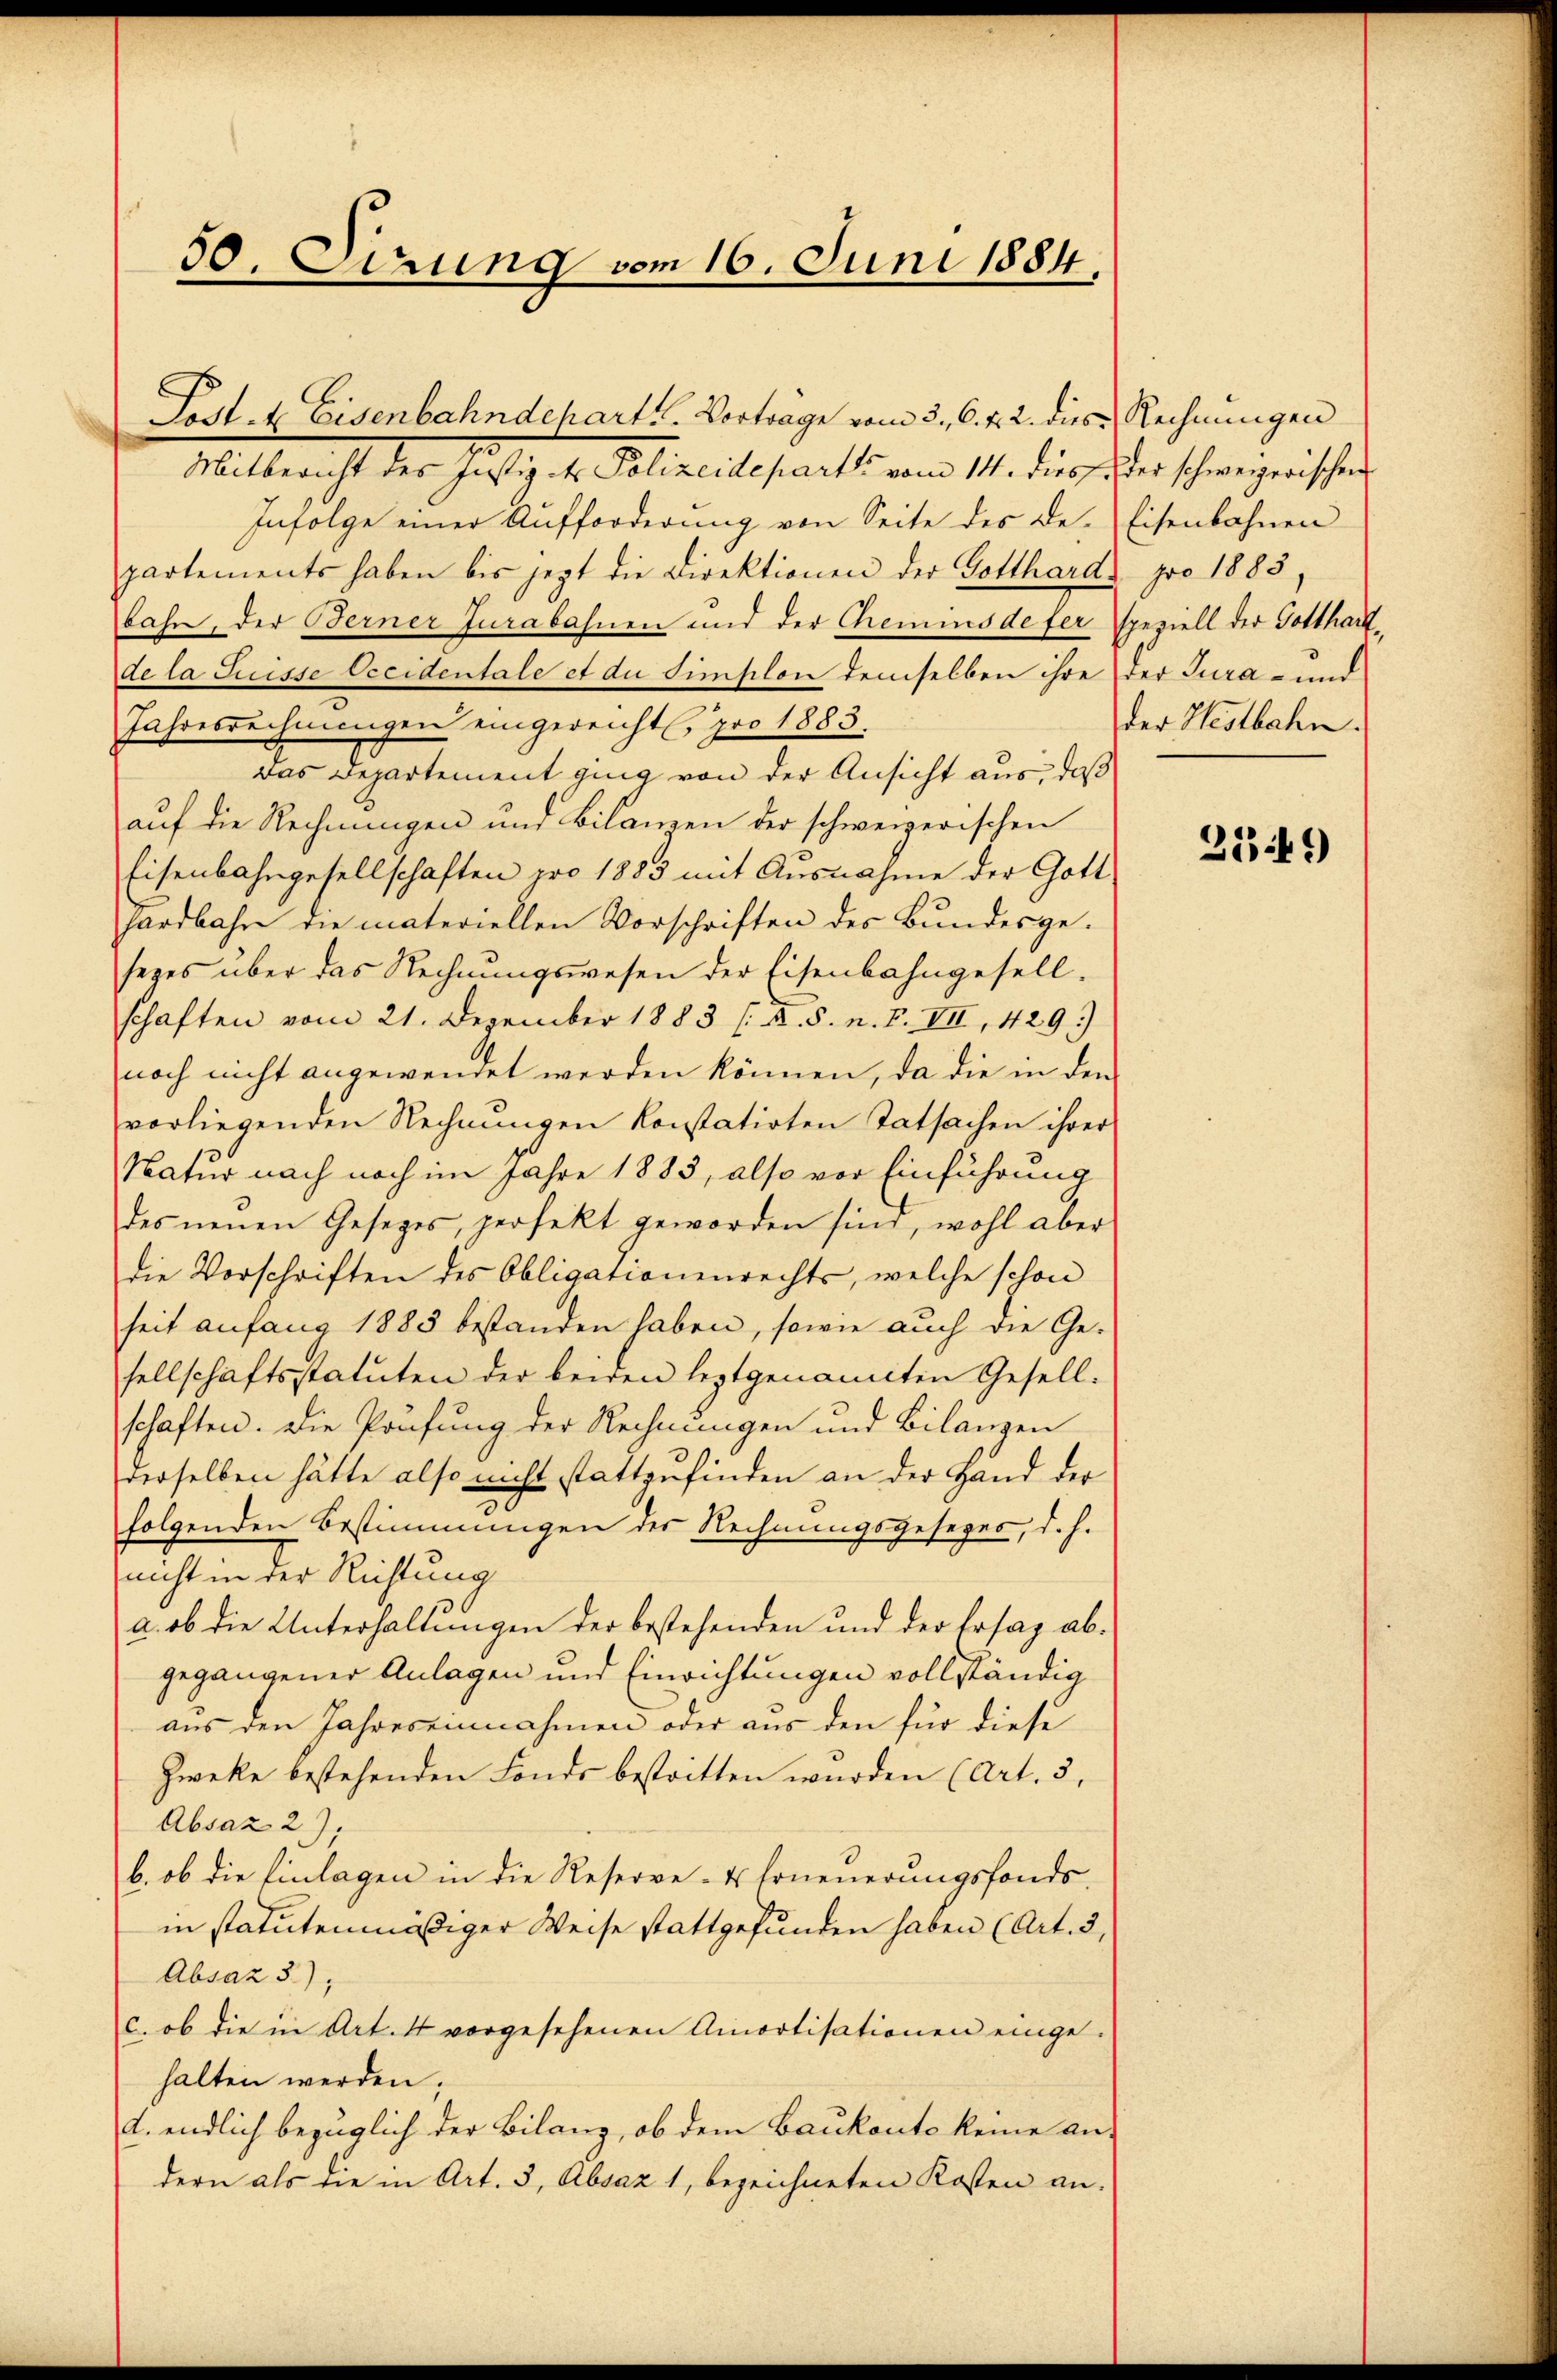
30. Jung vom 16. Juni 1884.

Lost- & Eisenbahndeharts. Vorträge vom 3. 6. f. 2. dies Rechnungen
Mallereicht der Justig. v. Placiosants vom 14. die
Infolge einer Aufforderung von Seite des Departements haben bis jetzt die Direktionen der Gotthard
bahn, der Berner Jurabahnen und der Chemins de fer
de la Suisse Occidentale et du simplon demselben ihre
Jahresrechnungen eingereicht pro 1883.
Das Departement ging von der Ansicht aus, daß
auf die Rechnungen und Bilanzen der schweizerischen
Eisenbahngesellschaften pro 1883 mit Ausnahme der Gott
hardbahn die materiellen Vorschriften des Bundesge-
sezes über das Rechnungswesen der Eisenbahngesell-
schaften vom 21. Dezember 1883 (: A. S. n. F. VII, 429.)
noch nicht angewendet werden können, da die in den
vorliegenden Rechnungen konstatirten Tatsachen ihrer
Natur nach noch im Jahre 1883, also vor Einführung
des neuen Gesezes, perfekt geworden sind, wohl aber
die Vorschriften des Obligationenrechts, welche schon
seit anfang 1885 bestanden haben, sowie auch die Gesellschaftsstatuten der beiden leztgenamten Gesell-
schaften. Die Prüfung der Rechnungen und Bilanzen
derselben hätte also nicht stattzufinden an der Hand der
folgenden Bestimmungen der Rechnungsgesezes, d. h.
nicht in der Richtung
a. ob die Unterhaltungen der bestehenden und der Ersag abgegangener Anlagen und Einrichtungen vollständig
aus den Jahreseinnahmen oder aus den für diese
Zwecke bestehenden Fonds bestritten wurden (Art. 3,
Absaz 2).
b. ob die Einlagen in die Reserve- u Erneuerungsfonds-
in statutenmäßiger Weise stattgefunden haben (Art. 3,
Absaz 3),
c. ob die in Art. 4 vorgesehenen Amortisationen einge-
halten werden;
d. endlich bezüglich der Bilanz, ob dem Baukonte keine an-
dern als die in Art. 3, Absaz 1, bezeichneten Kosten an-

Der schweizerischen
Eisenbahnen
pro 1883
speziell der Gotthart
der Jura - und
der Hestbahn.

233 f 1